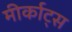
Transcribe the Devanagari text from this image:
मीर्काट्स